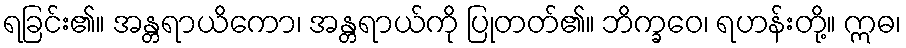
ရခြင်း၏။ အန္တရာယိကော၊ အန္တရာယ်ကို ပြုတတ်၏။ ဘိက္ခဝေ၊ ရဟန်းတို့။ ဣဓ၊